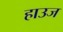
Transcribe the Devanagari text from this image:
हाउज